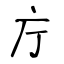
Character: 庁